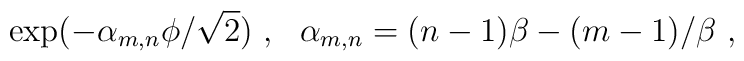
\exp( - \alpha_{m,n} \phi /\sqrt 2 )\ ,\ \   \alpha_{m,n} = (n-1) \beta - (m-1)/\beta\ ,